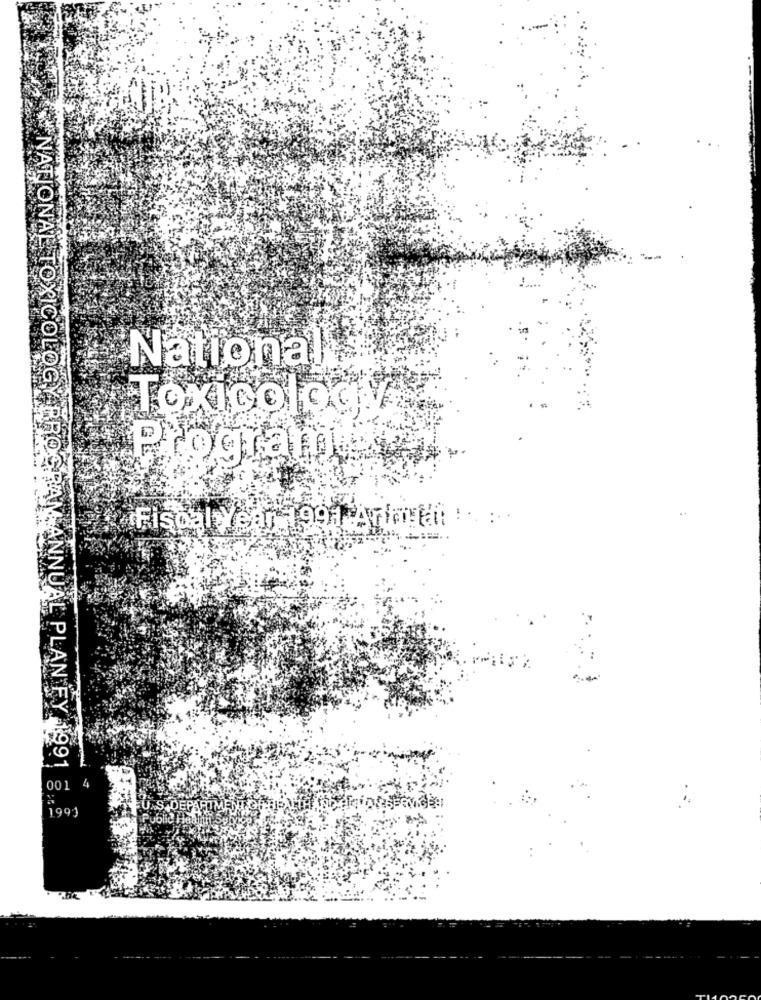
National
Toxicoloc
NATIONAL TOXICOLOGY BROS
Programa
..
Fiscal Year 1991 Ararat ! .
M ANNUAL PLAN FY 1991
001 4
1991